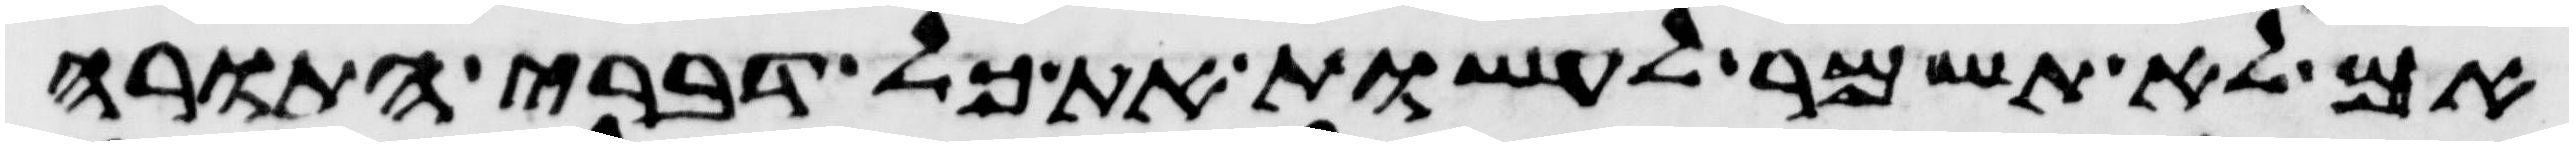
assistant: אם לא תשמר לעשות את כל דברי התורה